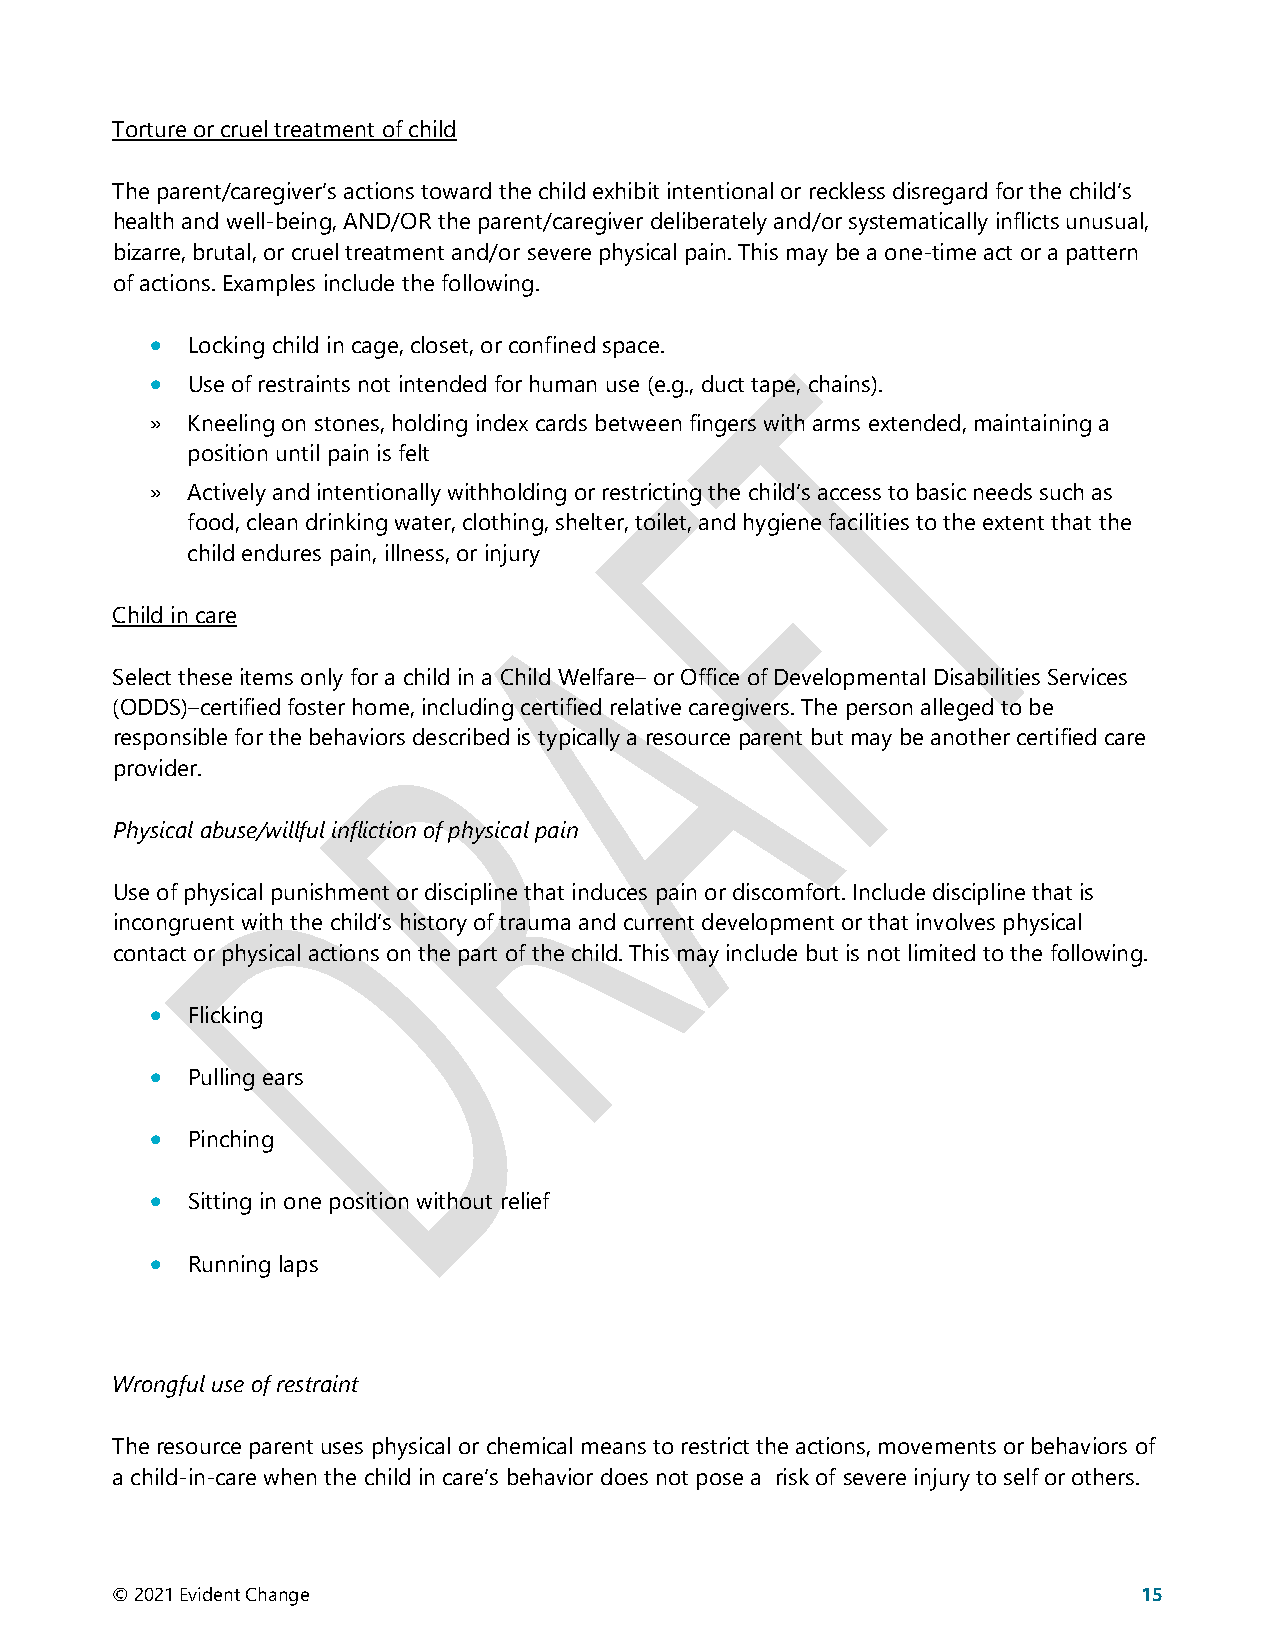
Torture or cruel treatment of child
 The parent/caregiver’s actions toward the child exhibit intentional or reckless disregard for the child’s
 health and well-being, AND/OR the parent/caregiver deliberately and/or systematically inflicts unusual,
 bizarre, brutal, or cruel treatment and/or severe physical pain. This may be a one-time act or a pattern
 of actions. Examples include the following.
 • Locking child in cage, closet, or confined space.
 • Use of restraints not intended for human use (e.g., duct tape, chains).
 » Kneeling on stones, holding index cards between fingers with arms extended, maintaining a
 position until pain is felt
 » Actively and intentionally withholding or restricting the child’s access to basic needs such as
 food, clean drinking water, clothing, shelter, toilet, and hygiene facilities to the extent that the
 child endures pain, illness, or injury
 Child in care
 Select these items only for a child in a Child Welfare– or Office of Developmental Disabilities Services
 (ODDS)–certified foster home, including certified relative caregivers. The person alleged to be
 responsible for the behaviors described is typically a resource parent but may be another certified care
 provider.
 Physical abuse/willful infliction of physical pain
 Use of physical punishment or discipline that induces pain or discomfort. Include discipline that is
 incongruent with the child’s history of trauma and current development or that involves physical
 contact or physical actions on the part of the child. This may include but is not limited to the following.
 • Flicking
 • Pulling ears
 • Pinching
 • Sitting in one position without relief
 • Running laps
 Wrongful use of restraint
 The resource parent uses physical or chemical means to restrict the actions, movements or behaviors of
 a child-in-care when the child in care’s behavior does not pose a risk of severe injury to self or others.
 © 2021 Evident Change                                                15